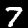
Digit: 7